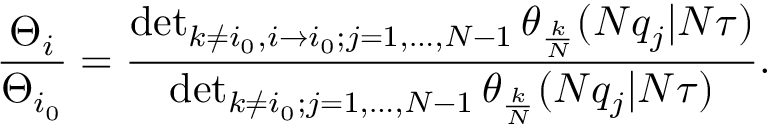
{ \frac { \Theta _ { i } } { \Theta _ { i _ { 0 } } } } = { \frac { \operatorname * { d e t } _ { k \neq i _ { 0 } , i \to i _ { 0 } ; j = 1 , \dots , N - 1 } \theta _ { \frac { k } { N } } ( N q _ { j } | N \tau ) } { \operatorname * { d e t } _ { k \neq i _ { 0 } ; j = 1 , \dots , N - 1 } \theta _ { \frac { k } { N } } ( N q _ { j } | N \tau ) } } .